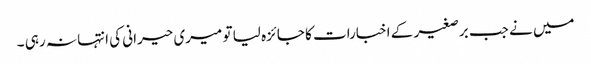
میں نے جب برصغیر کے اخبارات کا جائزہ لیا تو میری حیرانی کی انتہا نہ رہی ۔